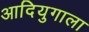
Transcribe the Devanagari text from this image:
आदियुगाला